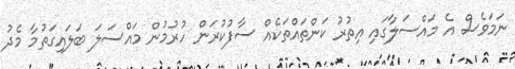
ނަމަވެސް އެ މައްސަލާގައި އިތުރު ކަންތައްތަކެއް ސާފުކުރަން ހުރުމުން މައްސަލަ ބަލައިގަތުމާ މެދު